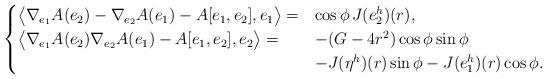
LaTeX: \begin{align*}\begin{cases}\big\langle \nabla_{e_1} A(e_2) -\nabla_{e_2} A(e_1)-A[e_1,e_2],e_1\big \rangle=&\cos \phi \, J(e_2^h)(r),\\\big\langle\nabla_{e_1} A(e_2) \nabla_{e_2} A(e_1)-A[e_1,e_2],e_2\big \rangle=&-(G-4r^2)\cos\phi \sin\phi \\&-J(\eta^h)(r)\sin\phi-J(e_1^h)(r)\cos\phi.\end{cases}\end{align*}